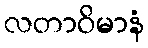
လတာဝိမာနံ